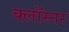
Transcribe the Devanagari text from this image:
क्लॉस्नर